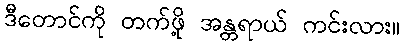
ဒီတောင်ကို တက်ဖို့ အန္တရာယ် ကင်းလား။